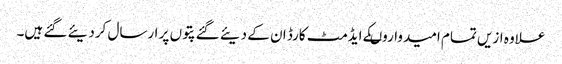
علاوہ ازیں تمام امیدواروںکے ایڈمٹ کارڈ ان کے دیئے گئے پتوں پر ارسال کردیئے گئے ہیں۔